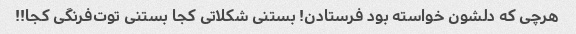
هرچی که دلشون خواسته بود فرستادن! بستنی شکلاتی کجا بستنی توت‌فرنگی کجا!!